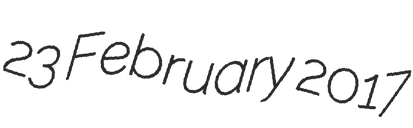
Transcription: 23 February 2017